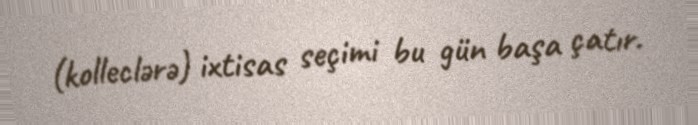
(kolleclərə) ixtisas seçimi bu gün başa çatır.